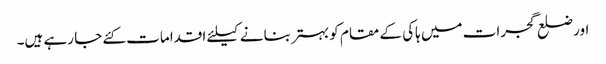
اور ضلع گجرات میں ہاکی کے مقام کو بہتر بنانے کیلئے اقدامات کئے جا رہے ہیں۔